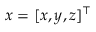
\boldsymbol { x } = [ x , y , z ] ^ { \top }